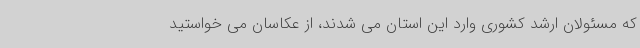
که مسئولان ارشد کشوری وارد این استان می شدند، از عکاسان می خواستید